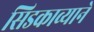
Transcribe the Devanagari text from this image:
सिडकाव्याने